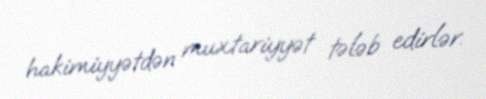
hakimiyyətdən muxtariyyət tələb edirlər.